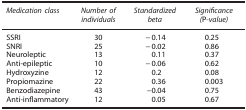
<table><thead><tr><td><b><i>Medication class</i></b></td><td><b><i>Number of individuals</i></b></td><td><b><i>Standardized beta</i></b></td><td><b><i>Significance (</i>P<i>-value)</i></b></td></tr></thead><tbody><tr><td>SSRI</td><td>30</td><td>−0.14</td><td>0.25</td></tr><tr><td>SNRI</td><td>25</td><td>−0.02</td><td>0.86</td></tr><tr><td>Neuroleptic</td><td>13</td><td>0.11</td><td>0.37</td></tr><tr><td>Anti-epileptic</td><td>10</td><td>−0.06</td><td>0.62</td></tr><tr><td>Hydroxyzine</td><td>12</td><td>0.2</td><td>0.08</td></tr><tr><td>Propiomazine</td><td>22</td><td>0.36</td><td>0.003</td></tr><tr><td>Benzodiazepine</td><td>43</td><td>−0.04</td><td>0.75</td></tr><tr><td>Anti-inflammatory</td><td>12</td><td>0.05</td><td>0.67</td></tr></tbody></table>